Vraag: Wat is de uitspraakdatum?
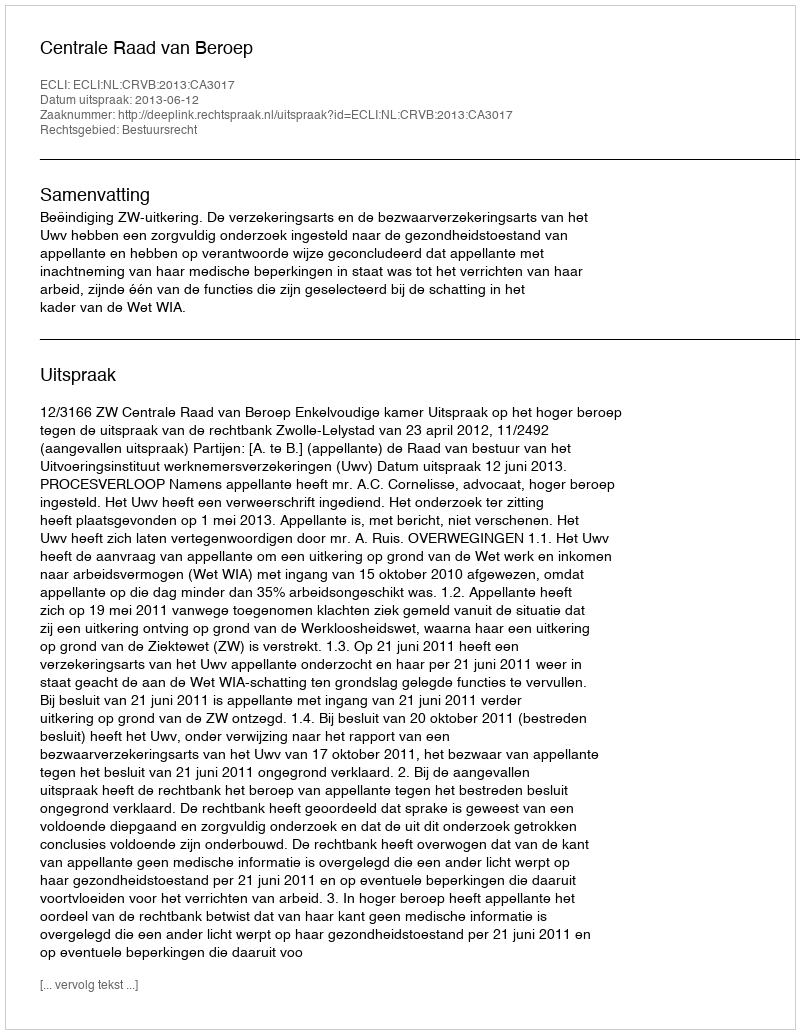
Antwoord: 2013-06-12